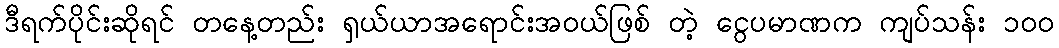
ဒီရက်ပိုင်းဆိုရင် တနေ့တည်း ရှယ်ယာအရောင်းအဝယ်ဖြစ် တဲ့ ငွေပမာဏက ကျပ်သန်း ၁၀၀